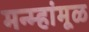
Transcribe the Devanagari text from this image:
मन्म्हांमूळ